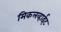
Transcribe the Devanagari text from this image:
मिकलव्हाईट